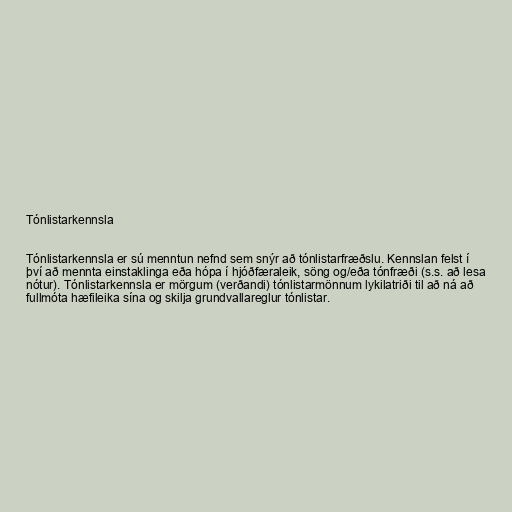
Tónlistarkennsla

Tónlistarkennsla er sú menntun nefnd sem snýr að tónlistarfræðslu. Kennslan felst í
því að mennta einstaklinga eða hópa í hjóðfæraleik, söng og/eða tónfræði (s.s. að lesa
nótur). Tónlistarkennsla er mörgum (verðandi) tónlistarmönnum lykilatriði til að ná að
fullmóta hæfileika sína og skilja grundvallareglur tónlistar.